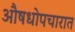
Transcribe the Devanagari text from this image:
औषधोपचारात